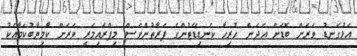
އަޅުގަނޑު ވަރަށް ބޮޑަށް އެދެން ހުރިހާ ކެނޑިޑޭޓުންގެ ފަރާތުންވެސް މިޕްރައިމަރީ ވަރަށް ކާމިޔާބުކަމާއެކު